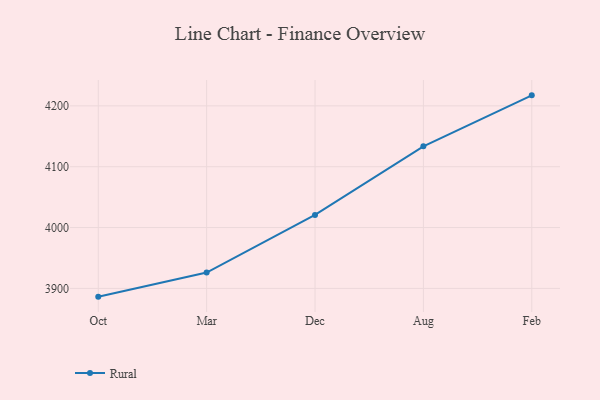
{"axis": {"x": "Month", "y": "Market Share (%)"}, "legend": ["Rural"], "data": [{"x": "Oct", "y": 3886.4, "type": "Rural"}, {"x": "Mar", "y": 3926.0, "type": "Rural"}, {"x": "Dec", "y": 4020.7, "type": "Rural"}, {"x": "Aug", "y": 4133.5, "type": "Rural"}, {"x": "Feb", "y": 4217.3, "type": "Rural"}]}